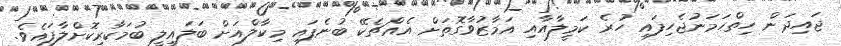
ޖައިދަން ހިތްހަމަނުޖެހިފައި ހުރެ ކަމީލާއާއި އަމާޒުވާގޮތަށް އެއްޗެކޭ ބުނެފައި މިކާލްއަށް ބަލައިލީ ބުމަކާރިކޮށްލާފައެވެ.